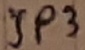
Text: JP3